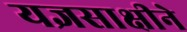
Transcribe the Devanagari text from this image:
यज्ञसाक्षीने